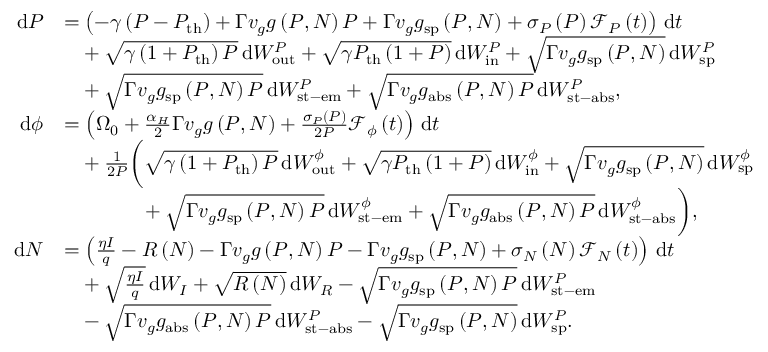
\begin{array} { r l } { \mathrm { d } P } & { = \left( - \gamma \left( P - P _ { \mathrm { t h } } \right) + \Gamma v _ { g } g \left( P , N \right) P + \Gamma v _ { g } g _ { \mathrm { s p } } \left( P , N \right) + \sigma _ { P } \left( P \right) \mathcal { F } _ { P } \left( t \right) \right) \, \mathrm { d } t } \\ & { \hphantom { = } + \sqrt { \gamma \left( 1 + P _ { \mathrm { t h } } \right) P } \, \mathrm { d } W _ { \mathrm { o u t } } ^ { P } + \sqrt { \gamma P _ { \mathrm { t h } } \left( 1 + P \right) } \, \mathrm { d } W _ { \mathrm { i n } } ^ { P } + \sqrt { \Gamma v _ { g } g _ { \mathrm { s p } } \left( P , N \right) } \, \mathrm { d } W _ { \mathrm { s p } } ^ { P } } \\ & { \hphantom { = } + \sqrt { \Gamma v _ { g } g _ { \mathrm { s p } } \left( P , N \right) P } \, \mathrm { d } W _ { \mathrm { s t - e m } } ^ { P } + \sqrt { \Gamma v _ { g } g _ { \mathrm { a b s } } \left( P , N \right) P } \, \mathrm { d } W _ { \mathrm { s t - a b s } } ^ { P } , } \\ { \mathrm { d } \phi } & { = \left( \Omega _ { 0 } + \frac { \alpha _ { H } } { 2 } \Gamma v _ { g } g \left( P , N \right) + \frac { \sigma _ { P } \left( P \right) } { 2 P } \mathcal { F } _ { \phi } \left( t \right) \right) \, \mathrm { d } t } \\ & { \hphantom { = } + \frac { 1 } { 2 P } \bigg ( \sqrt { \gamma \left( 1 + P _ { \mathrm { t h } } \right) P } \, \mathrm { d } W _ { \mathrm { o u t } } ^ { \phi } + \sqrt { \gamma P _ { \mathrm { t h } } \left( 1 + P \right) } \, \mathrm { d } W _ { \mathrm { i n } } ^ { \phi } + \sqrt { \Gamma v _ { g } g _ { \mathrm { s p } } \left( P , N \right) } \, \mathrm { d } W _ { \mathrm { s p } } ^ { \phi } } \\ & { \hphantom { = + \frac { 1 } { 2 P } \bigg ( } + \sqrt { \Gamma v _ { g } g _ { \mathrm { s p } } \left( P , N \right) P } \, \mathrm { d } W _ { \mathrm { s t - e m } } ^ { \phi } + \sqrt { \Gamma v _ { g } g _ { \mathrm { a b s } } \left( P , N \right) P } \, \mathrm { d } W _ { \mathrm { s t - a b s } } ^ { \phi } \bigg ) , } \\ { \mathrm { d } N } & { = \left( \frac { \eta I } { q } - R \left( N \right) - \Gamma v _ { g } g \left( P , N \right) P - \Gamma v _ { g } g _ { \mathrm { s p } } \left( P , N \right) + \sigma _ { N } \left( N \right) \mathcal { F } _ { N } \left( t \right) \right) \, \mathrm { d } t } \\ & { \hphantom { = } + \sqrt { \frac { \eta I } { q } } \, \mathrm { d } W _ { I } + \sqrt { R \left( N \right) } \, \mathrm { d } W _ { R } - \sqrt { \Gamma v _ { g } g _ { \mathrm { s p } } \left( P , N \right) P } \, \mathrm { d } W _ { \mathrm { s t - e m } } ^ { P } } \\ & { \hphantom { = } - \sqrt { \Gamma v _ { g } g _ { \mathrm { a b s } } \left( P , N \right) P } \, \mathrm { d } W _ { \mathrm { s t - a b s } } ^ { P } - \sqrt { \Gamma v _ { g } g _ { \mathrm { s p } } \left( P , N \right) } \, \mathrm { d } W _ { \mathrm { s p } } ^ { P } . } \end{array}